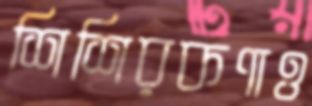
শিশিরকণাও